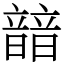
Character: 䪭